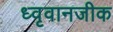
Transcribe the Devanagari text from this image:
ध्वृवानजीक